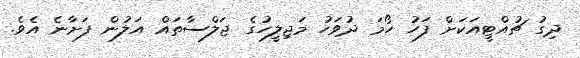
ދިގު ޗުއްޓީއަކަށް ފަހު ހޯމަ ދުވަހު މަޖިލީހުގެ ޖަލްސާތައް އަލުން ފަށާނެ އެވެ.